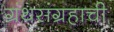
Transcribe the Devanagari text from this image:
ग्रंथसंग्रहाची